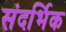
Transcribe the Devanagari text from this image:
संदर्भिक